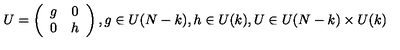
U = \left( \begin{array} { c c } { g } & { 0 } \\ { 0 } & { h } \\ \end{array} \right) , g \in U ( N - k ) , h \in U ( k ) , U \in U ( N - k ) \times U ( k )